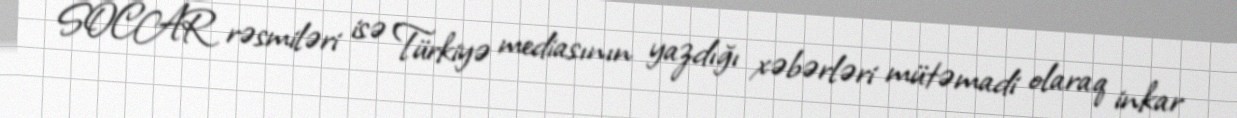
SOCAR rəsmiləri isə Türkiyə mediasının yazdığı xəbərləri mütəmadi olaraq inkar